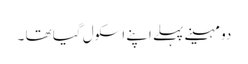
دو مہینے پہلے اپنے اسکول گیا تھا ۔